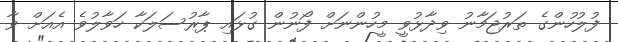
ފުލުހުންގެ ތަރުޖަމާނު ވިދާޅުވީ މީހުންނަށް ފޯނުން ގުޅައި ޕާރުސަލަކާ ހަވާލުވެ އެއަށް ވާ